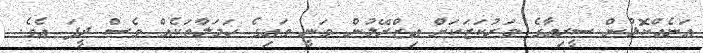
އަނެއްކޮޅުން ސީރިއާގެ މަރުކަޒަކަށް އިޒްރޭލުން ވަނީ ވައިގެ ހަމަލާތަކެއް ވެސް ދީފަ އެވެ.